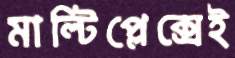
মাল্টিপ্লেক্সেই